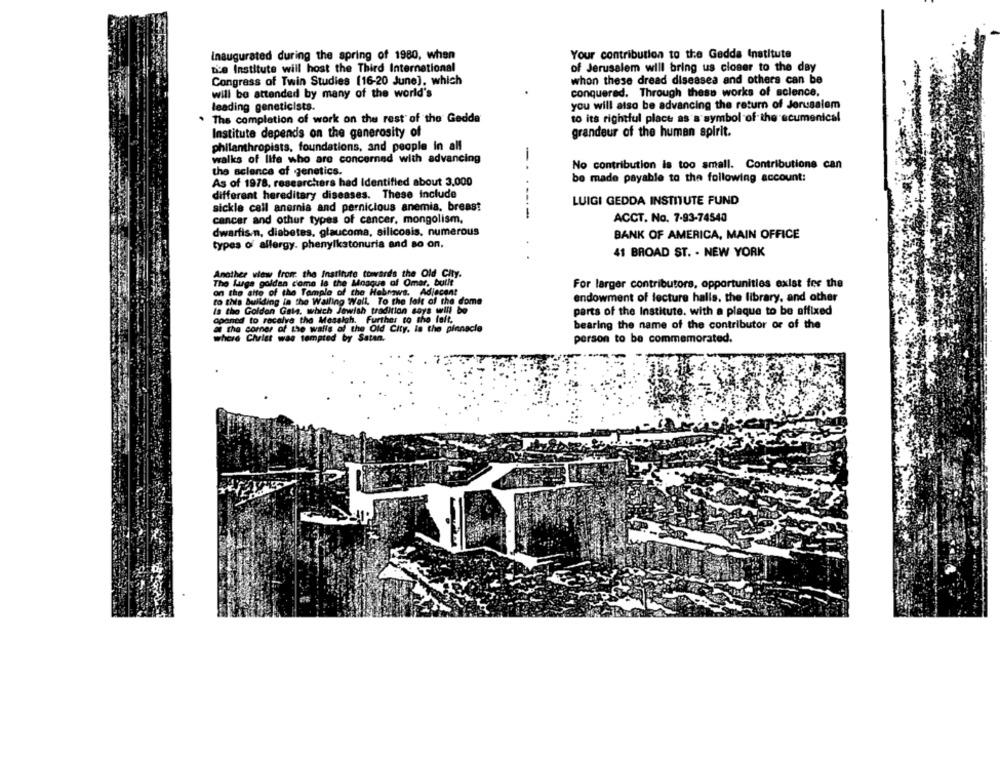
Inaugurated during the spring of 1980, when
Your contribution to the Gedda Institute
Die Institute will host the Third International
of Jerusalem will bring us closer to the day
Congress of Twin Studies (16-20 June], which
whon these dread diseases and others can be
conquered. Through these works of science.
will be attended by many of the world's
leading geneticists.
you will also be advancing the return of Jerusalem
The completion of work on the rest of the Gedda
to its rightful place as a symbol of the ecumenical
Institute depends on the generosity of
grandeur of the human spirit.
philanthropists, foundations, and people in all
walks of life who are concerned with advancing
-.
No contribution is too small. Contributions can
the science of genetics.
As of 1978, researchers had Identified about 3,000
be made payable to the following account:
different hereditary diseases. These include
LUIGI GEDDA INSTITUTE FUND
sickle call anemia and pernicious anemia, breast
-----
cancer and other types of cancer, mongolism,
ACCT. No. 7-93-74540
dwarfis-n, diabetes, glaucoma, silicosis. numerous
BANK OF AMERICA, MAIN OFFICE
types of allergy. phenylkstonuria and so on.
41 BROAD ST. . NEW YORK
Another view from the Institute towards the Old City.
The Surge golden come la the Mosque of Omar, built
For larger contributors, opportunities exist fer the
on the atto of the Temple of the Habraws. Adiecant
to this building in the Walling Wall. To the fait of the dome
endowment of lecture halls, the library, and other
Is the Golden Gala, which Jewish tradition soys will be
parts of the Institute. with a plaque to be affixed
apaned to receive the Messiah. Further to she felt,
& the corner of the walls of the Old City. la the pinnacle
bearing the name of the contributor or of the
where Christ was tempted by Satan.
person to be commemorated.